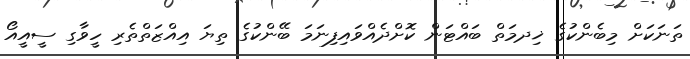
ތަނަކަށް މިބެންކުގެ ޚިދމަތް ބައްޓަން ކޮށްދެއްވައިފިނަމަ ބޭންކުގެ ތިޔަ އިއްޒަތްތެރި ހީވާގި ސީއީއޯ